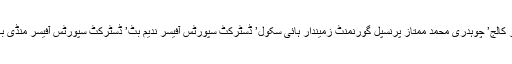
دیگر مہمانان گرامی میں چوہدری ساجد یوسف چھنی پرنسپل گورنمنٹ زمیندار کالج’ چوہدری محمد ممتاز پرنسپل گورنمنٹ زمیندار ہائی سکول’ ڈسٹرکٹ سپورٹس آفیسر ندیم بٹ’ ڈسٹرکٹ سپورٹس آفیسر منڈی بہائو الدین ناصر علی’ تحصیل سپورٹس آفیسر سید غلام عباس شاہ’ و دیگر تھے۔